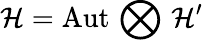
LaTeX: \mathcal{H}=\mathrm{Aut}\, \bigotimes\, \mathcal{H}^{\prime}